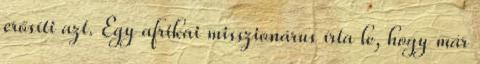
erősíti azt. Egy afrikai misszionárus írta le, hogy már